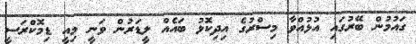
ގައުމުން ބޭރުގައި އުޅުއްވާ މިސްރުގެ އިދިކޮޅު ބައެއް ލީޑަރުން ވަނީ މިއީ ޑިމޮކްރަސީ